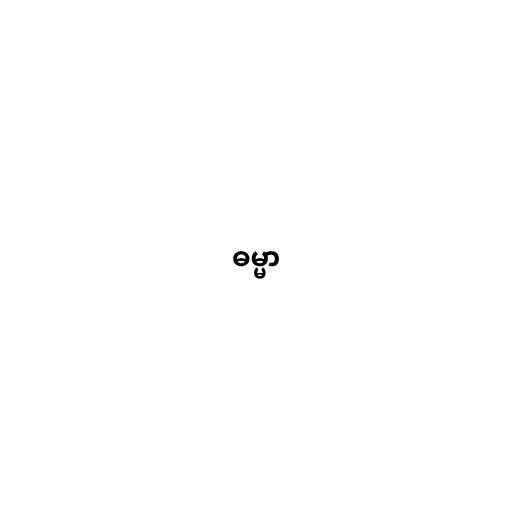
ဓမ္မာ